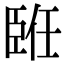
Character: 𦣨